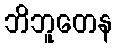
ဘိဘူတေန